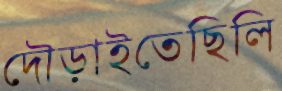
দৌড়াইতেছিলি